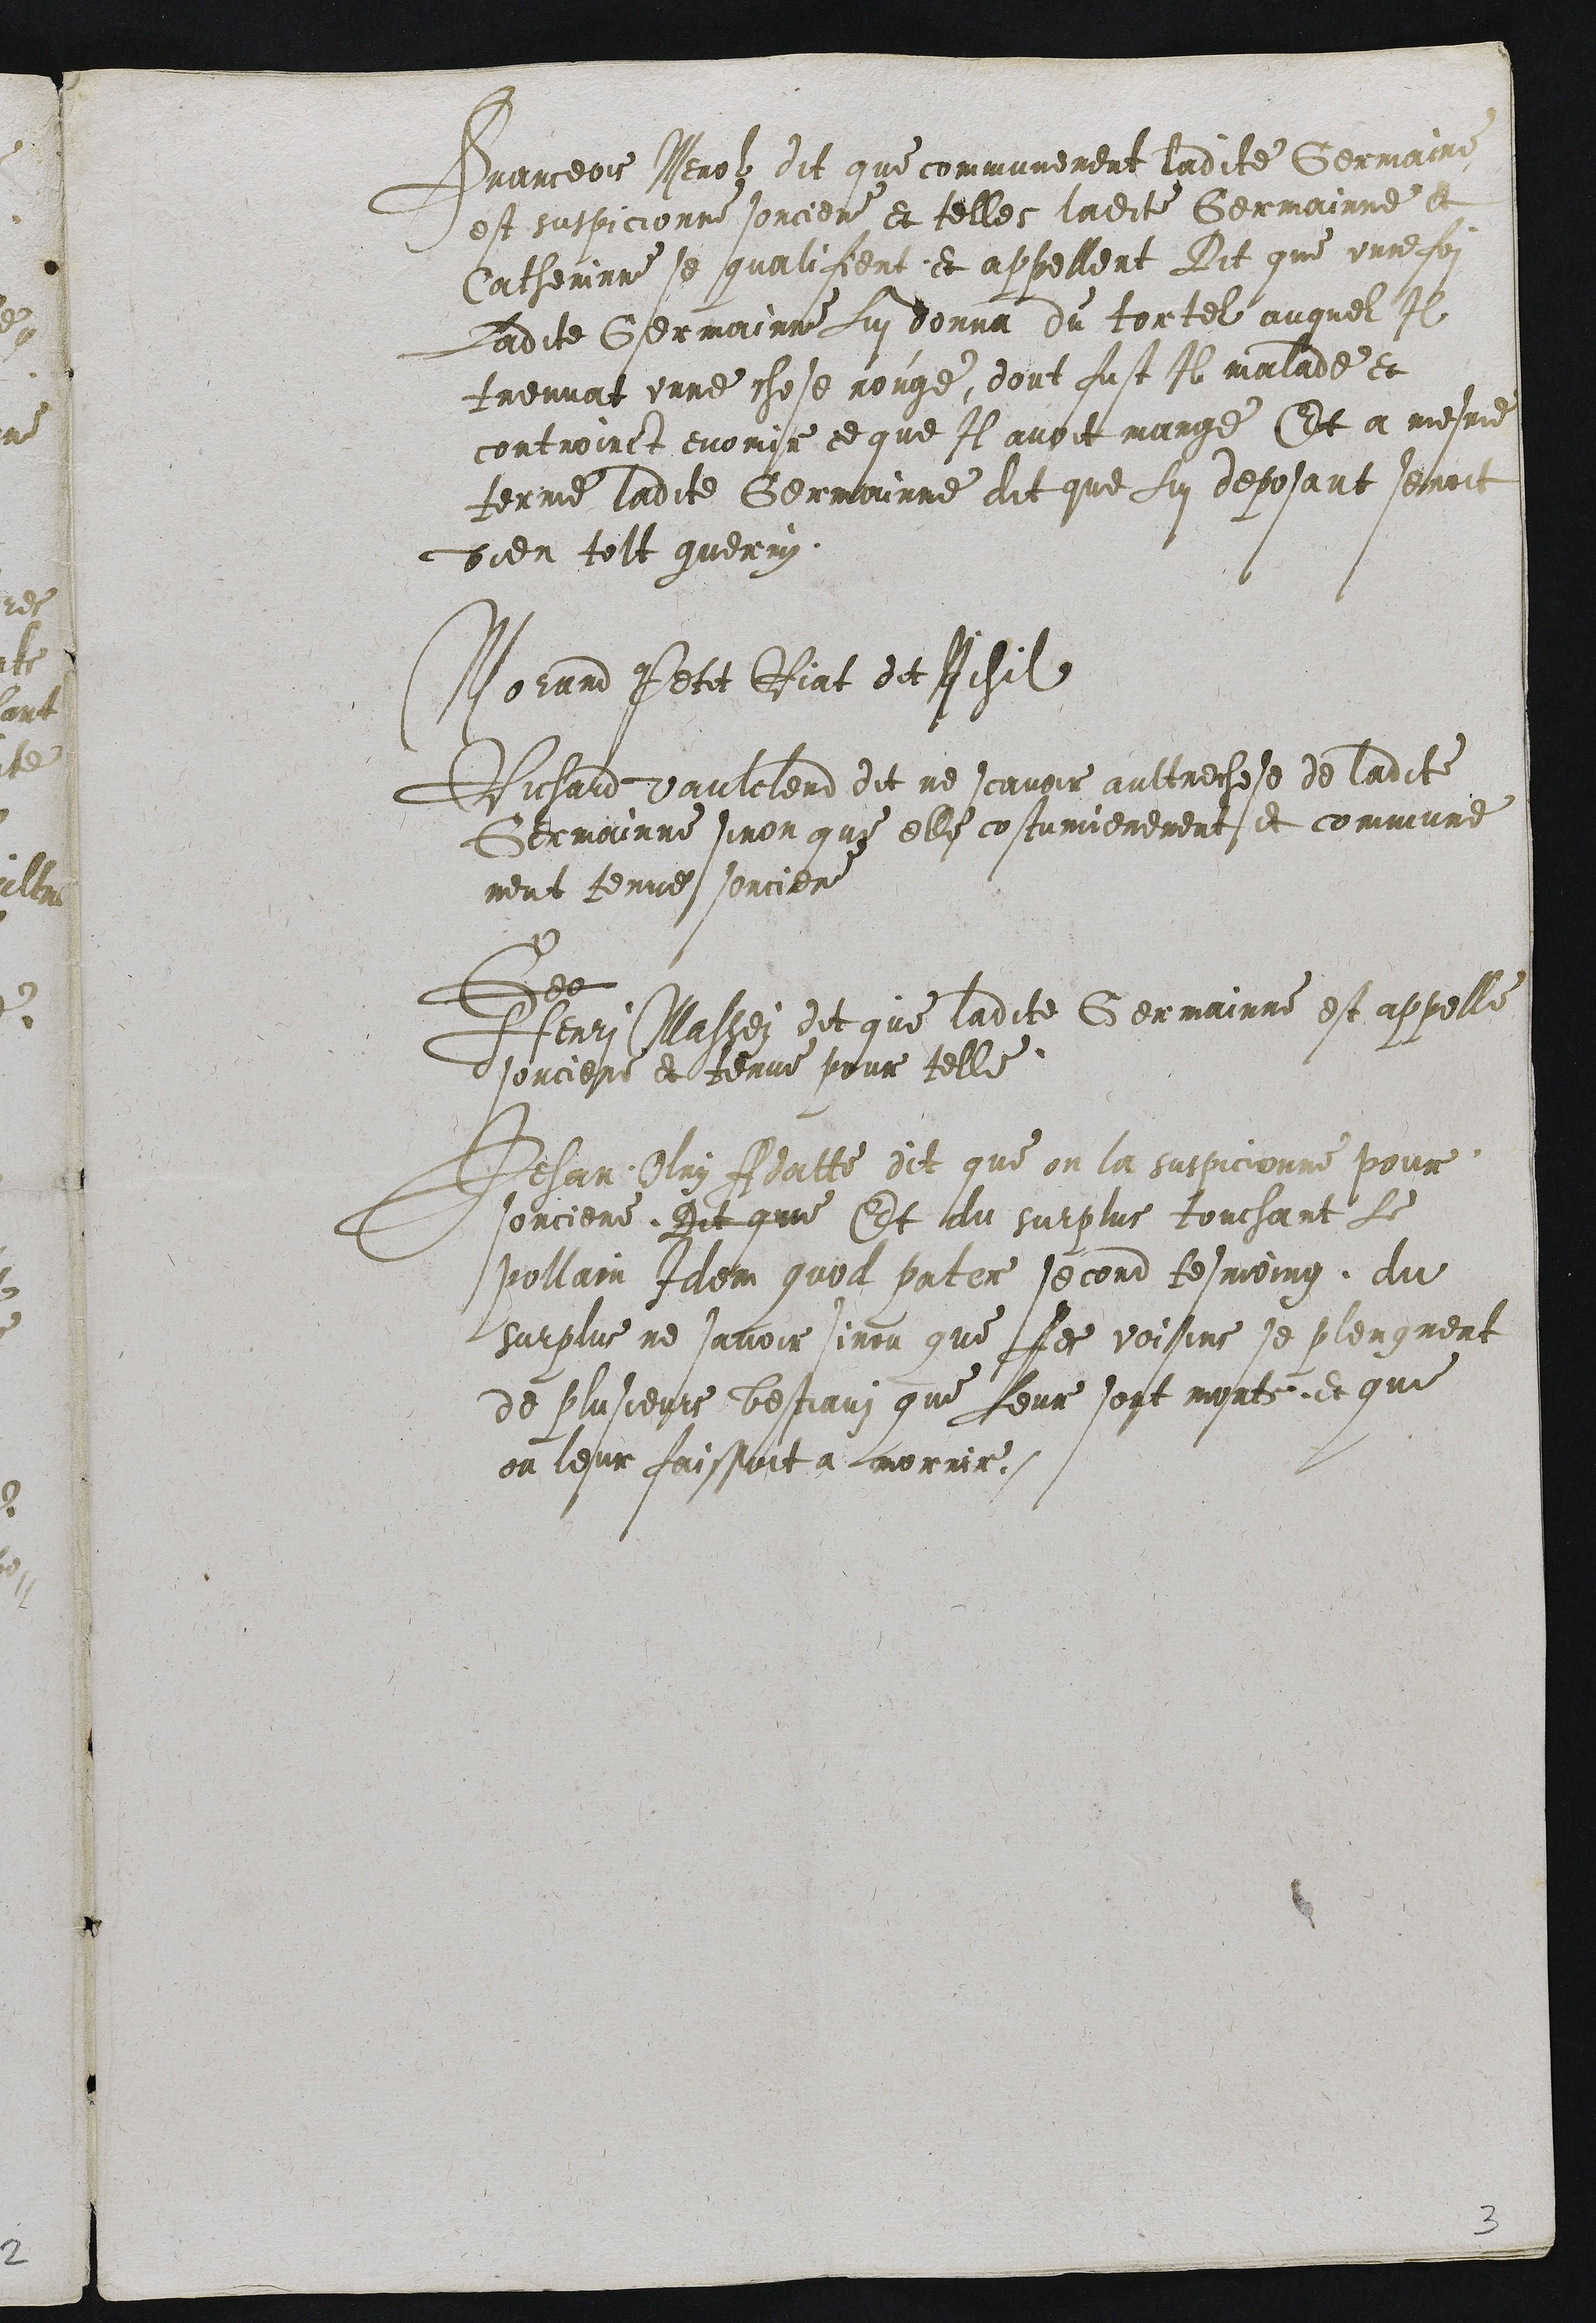
Franceois Merolz dit que communement ladite Germaine
est suspicionne sorciere et telles ladite Germainne et
Catherinne se qualifient et appellent Dit que unne foy
Ladite Germainne Lui donna du tortel auquel Il
treuvat unne chose rouge, dont fust Il malade et
controinct evomir ce que Il avoit mange Et a mesme
terme ladite Germainne dit que Lui deposant seroit
bien tolt guerry.

Morand Petit Riat dit Nihil
Richard vaulclerd dit ne scavoir aultrechose de ladite
Germainne sinon que elle costumierement et commune
ment tenue sorciere
Geo
Henri Massey dit que ladite Germainne est appelle
sorciere et tenue pour telle
Jehan Olry Adatte dit que on la suspicionne pour
sorciere. Dit que  Et du surplus touchant Le
pollain Idem quod pater second tesmoing, du
surplus ne savoir sinon que ses voisins se plengnent
de plusieurs bestiauz que Leur sont morts et que
on leur faissoit a morrir.

3